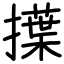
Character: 擛